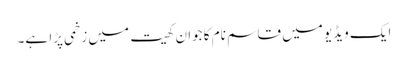
ایک ویڈیو میں قاسم نام کا جوان کھیت میں زخمی پڑا ہے۔